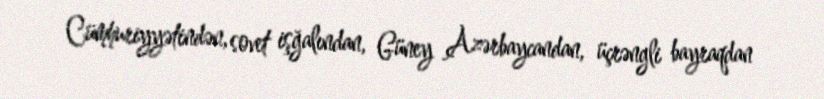
Cümhuriyyətindən, sovet işğalından, Güney Azərbaycandan, üçrəngli bayraqdan